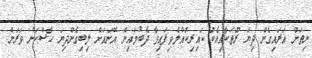
ނިތަށް އަރައިގެން ދިޔަ ރޫތަކާއިއެކު ކައިރިކޮއްލެވިފައިވާ ދެބުމައިން އޭނައަށް ލިބިގެންދިޔަ ހާސްކަން ވަރަށް